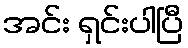
အင်း ရှင်းပါပြီ